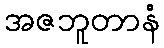
အဇဘူတာနံ